Account of plague administration in the Bombay Presidency from September 1896 till May 1897
Year: 1896
Disease focus: Plague
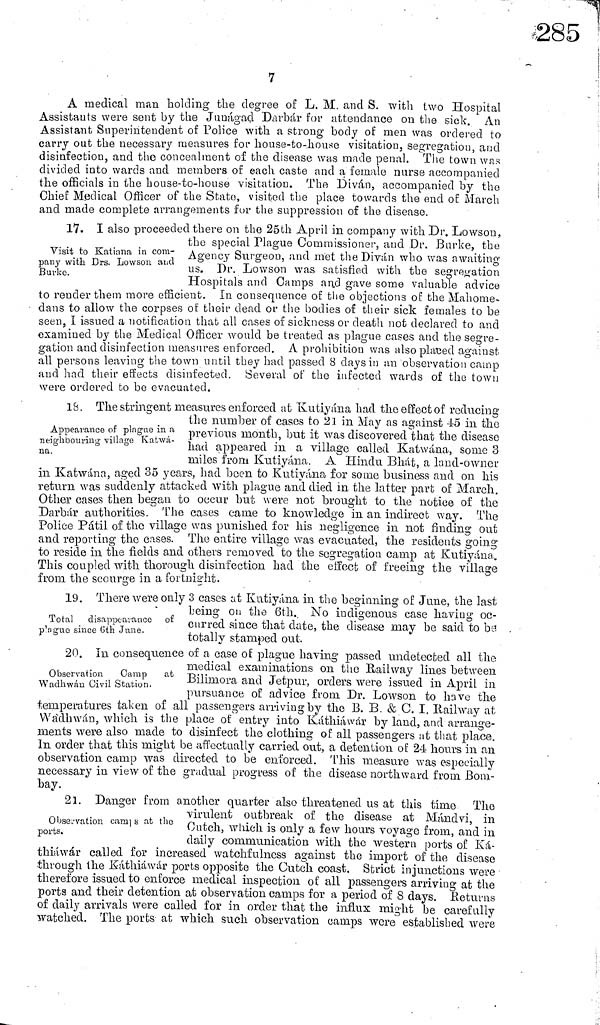
7
A medical man holding the degree of L. M. and S. with two Hospital
Assistants were sent by the Junágad Darbár for attendance on the sick. An
Assistant Superintendent of Police with a strong body of men was ordered to
carry out the necessary measures for house-to-house visitation, segregation, and
disinfection, and the concealment of the disease was made penal. The town was
divided into wards and members of each caste and a female nurse accompanied
the officials in the house-to-house visitation. The Diván, accompanied by the
Chief Medical Officer of the State, visited the place towards the end of March
and made complete arrangements for the suppression of the disease.
Visit to Katiana in com-
pany with Drs. Low son and
Burke.
17. I also proceeded there on the 25th April in company with Dr. Lowson,
the special Plague Commissioner, and Dr. Burke, the
Agency Surgeon, and met the Diván who was awaiting
us. Dr. Lowson was satisfied with the segregation
Hospitals and Camps an,d gave some valuable advice
to render them more efficient. In consequence of the objections of the Mahome-
dans to allow the corpses of their dead or the bodies of their sick females to be
seen, I issued a notification that all cases of sickness or death not declared to and
examined by the Medical Officer would be treated as plague cases and the segre-
gation and disinfection measures enforced. A prohibition was also placed against
all persons leaving the town until they had passed 8 clays in an observation camp
and had their effects disinfected. Several of the infected wards of the town
were ordered to be evacuated.
Appearance of plague in a
neighbouring village Kafrwá-
na.
IS. The stringent measures enforced at Kutiyána had the effect of reducing
the number ot cases to 21 in May as against 45 m the
previous month, but it was discovered that the disease
had appeared in a village called Katwána, sonic 8
miles from Kutivána. A Hindu Bhát, a land-owner
in Katwána, aged 35 years, had been to Kutiyána for some business and on his
return was suddenly attacked with plague and died in the latter part of March.
Other cases then began to occur but were not brought to the notice of the
Darbár authorities. The eases came to knowledge in an indirect way. The
Police Pátil of the village was punished for his negligence in not finding out
and reporting the cases. The entire village was evacuated, the residents going
to reside in the fields and others removed to the segregation camp at Kutiyána.
This coupled with thorough disinfection had the effect of freeing the village
from the scourge in a fortnight.
Total disappearance of
pangue since 6th June.
19. There were only 3 cases at Kutiyána in the beginning of Jane, the last
being on the 6th. No indigenous case having oc-
curred since that date, the disease may be said to be
totally stamped out.
Observation
Camp
at
Wadhwán Civil Station.
20. In consequence of a case of plague having passed undetected all the
medical examinations on the Railway lines between
Bilimora and Jetpur, orders were issued in April in
pursuance of advice from Dr. Lowson to have the
temperatures taken ot all passengers arriving by the B. B. & C. I. Railway at
Wadhwán, which is the place of entry into Káthiáwár by land, and arrange-
ments were also made to disinfect the clothing of all passengers at that place.
In order that this might be affectually carried out, a detention of 24 hours in an
observation camp was directed to be enforced. This measure was especially
necessary in view of the gradual progress of the disease northward from Bom-
bay.
Observation camjs at the
ports.
21. Danger from another quarter also threatened us at this time The
virulent outbreak of the disease at Mánclvi, in
Cutch, which is only a few hours voyage from, and in
daily communication with the western ports of Ká-
thiáwar called for increased watchfulness against the import of the disease
through the Káthiáwár ports opposite the Cutch coast. Strict injunctions were
therefore issued to enforce medical inspection of all passengers arriving at the
ports and their detention at observation camps for a period of 8 days. Returns
of daily arrivals were called for in order that the influx might be carefully
watched. The ports at which such observation camps were established were